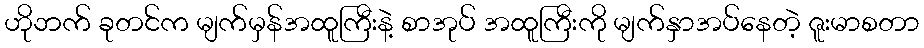
ဟိုဘက် ခုတင်က မျက်မှန်အထူကြီးနဲ့ စာအုပ် အထူကြီးကို မျက်နှာအပ်နေတဲ့ ဇူးမာစတာ